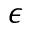
\epsilon